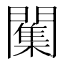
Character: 𮤣